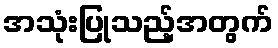
အသုံးပြုသည့်အတွက်